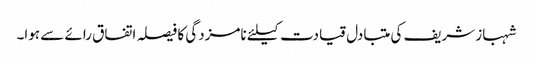
شہباز شریف کی متبادل قیادت کیلئے نامزدگی کا فیصلہ اتفاق رائے سے ہوا۔